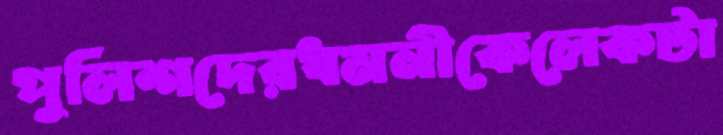
পুলিশদেরধমনীকেলেকটা